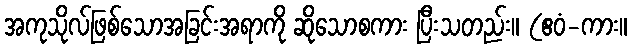
အကုသိုလ်ဖြစ်သောအခြင်းအရာကို ဆိုသောစကား ပြီးသတည်း။ (ဧဝံ-ကား။